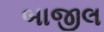
બાજીલ